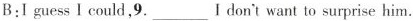
B:I guess I could,9.___I don't want to surprise him.